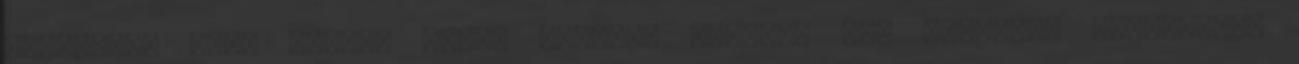
karaktere után valami totál másban. értjük, ezt kiválóan teljesíti,